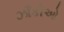
ઝાઁકીઓ